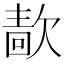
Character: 𰙖